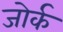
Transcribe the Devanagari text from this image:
जोर्क